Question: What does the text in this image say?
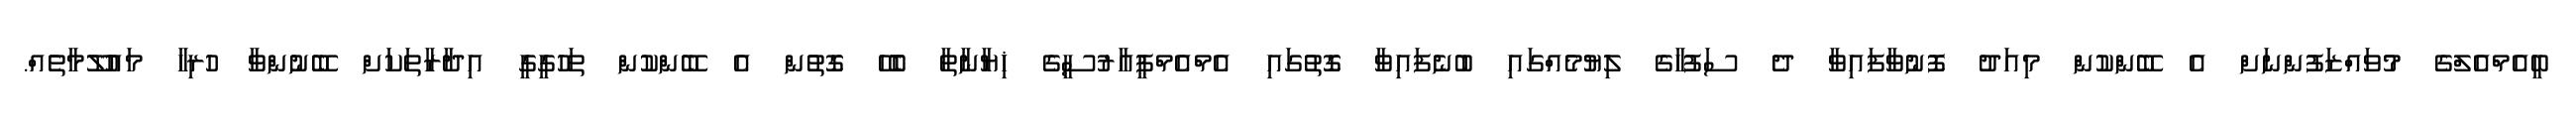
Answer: ބީއެމްއެލްގެ މުވައްޒަފުންނަށް އެ ބޭންކުން މިއަދު ފޮނުވާފައިވާ ދެ ސަފުހާގެ ލިޔުމެއްގައި ބުނެފައިވާ ގޮތުގައި އެމްއެމްޕީއާރުސީގެ ޚިޔާނާތާ ބެހޭ ގޮތުން އެ ބޭންކުން ތަހުގީގީ އިދާރާތަކަށް ބޭނުންވާ ހުރިހާ މައުލޫމާތެއް.